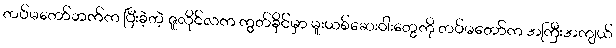
တပ်မတော်ဘက်က ပြီးခဲ့တဲ့ ဇူလိုင်လက ကွတ်ခိုင်မှာ မူးယစ်ဆေးဝါးတွေကို တပ်မတော်က အကြီးအကျယ်